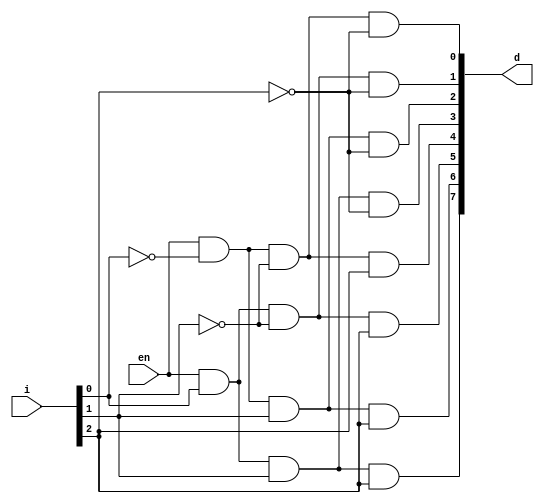
module decoder3x8(i, en, d);

input [2:0] i;
input en;

wire i0, i1, i2;

output [7:0]d;

not(i0, i[0]);
not(i1, i[1]);
not(i2, i[2]);

and(d[0],en,i0,i1,i2);
and(d[1],en,i[0],i1,i2);
and(d[2],en,i0,i[1],i2);
and(d[3],en,i[0],i[1],i2);
and(d[4],en,i0,i1,i[2]);
and(d[5],en,i[0],i1,i[2]);
and(d[6],en,i0,i[1],i[2]);
and(d[7],en,i[0],i[1],i[2]);

endmodule